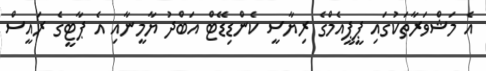
އެ މަޝްވަރާތަކުގައި ޕީޕީއެމްގެ ރިޔާސީ ކެންޑިޑޭޓް އަބްދު ޔާމީނާއި އެ ޕާޓީގެ ރައީސް